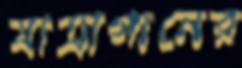
যাত্রাগানের